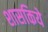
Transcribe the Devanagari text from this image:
शासकिये